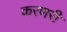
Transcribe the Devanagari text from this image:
करणरी